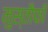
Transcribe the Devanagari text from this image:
मुस्तौफी